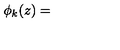
\phi _ { k } ( z ) =